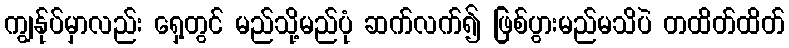
ကျွန်ုပ်မှာလည်း ရှေ့တွင် မည်သို့မည်ပုံ ဆက်လက်၍ ဖြစ်ပွားမည်မသိပဲ တထိတ်ထိတ်